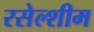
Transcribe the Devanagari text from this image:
रसेल्शीम